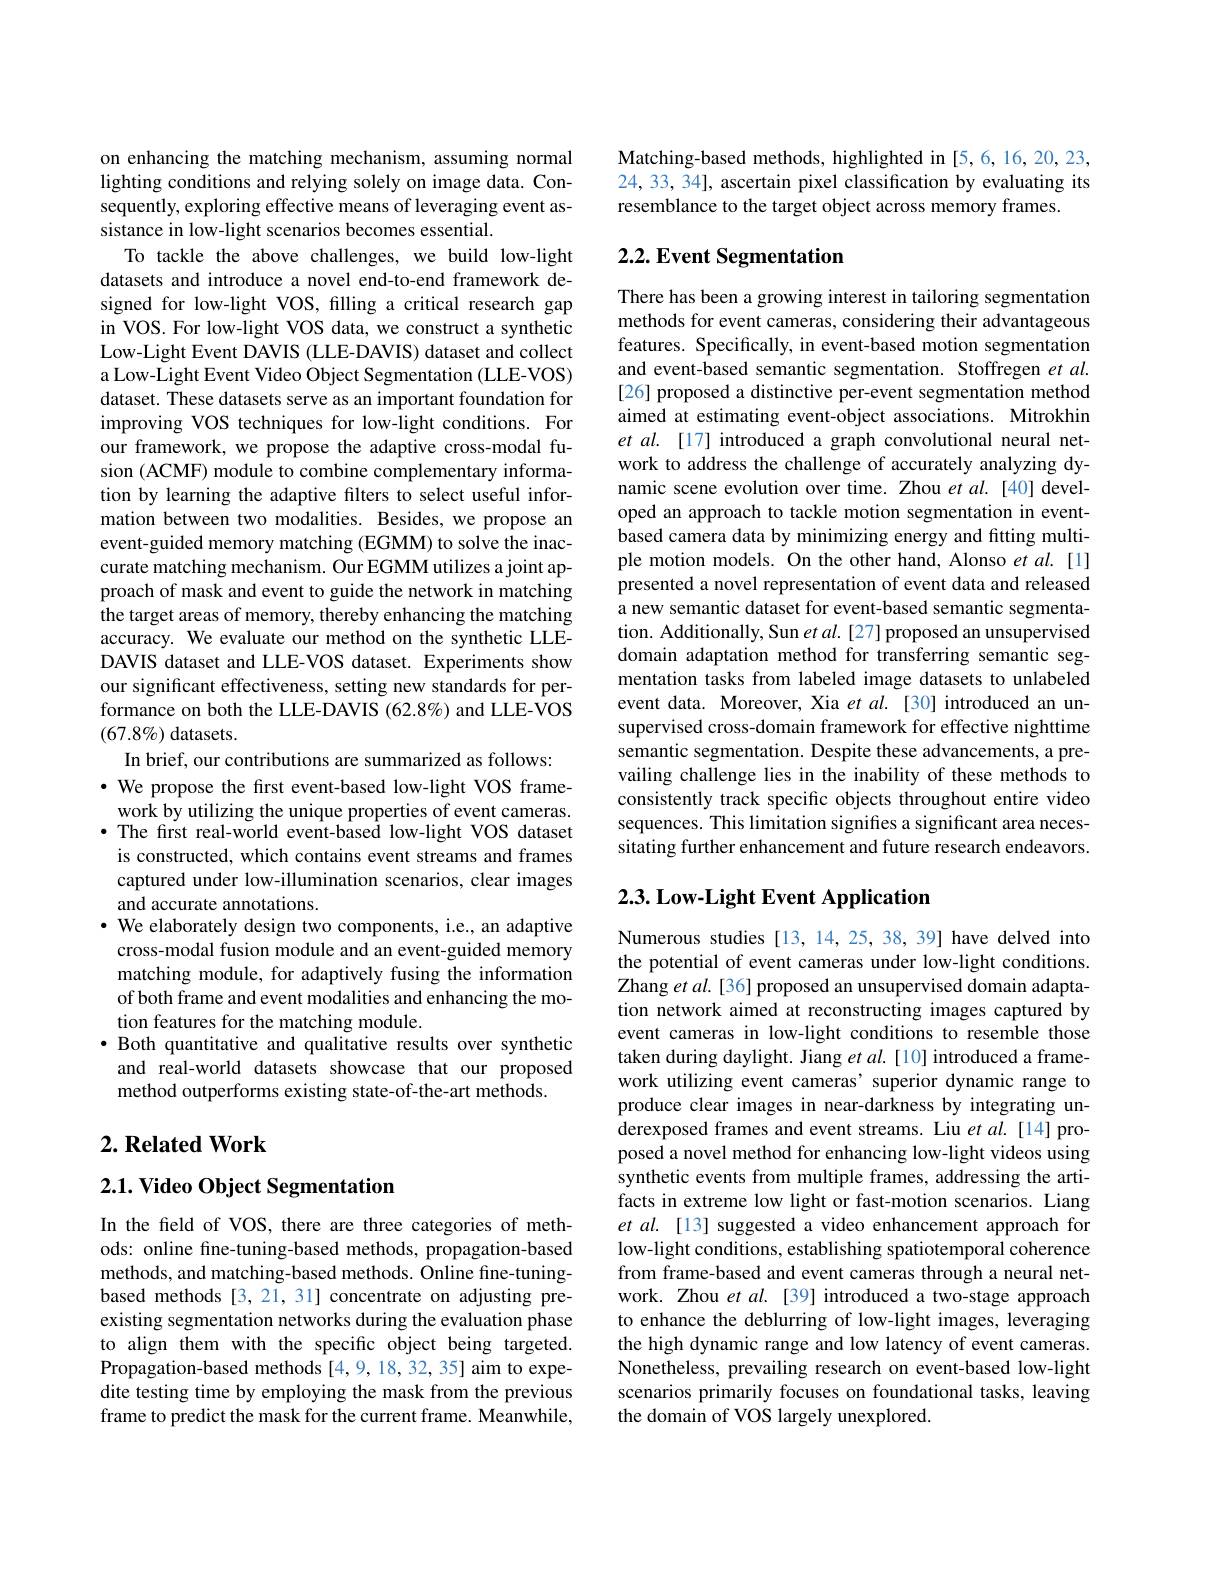
on enhancing the matching mechanism, assuming normal lighting conditions and relying solely on image data. Consequently, exploring effective means of leveraging event assistance in low-light scenar
To tackle the above challenges, we build low-light datasets and introduce a novel end-to-end framework designed for low-light VOS, filling a critical research gap in VOS. For low-light VOS da Low-Light Event DAVIS (LLE-DAVIS) dataset and collect a Low-Light Event Video Object Segmentation (LLE-VOS) dataset. These datasets serve as an important foundation for improving VOS techniques for low-light conditions. For our framework, we propose th sion (ACMF) module to combine complementary information by learning the adaptive filters to select useful information between two modalities. Besides, we propose an event-guided memory matching (EGMM) to solve the inaccurate matching mechanism. Our EGMM utilizes a joint approach of mask and event to guide the network in matching the target areas of memory, accuracy. We evaluate our me DAVIS dataset and LLE-VOS dataset. Experiments show our significant effectiveness, setting new standards for performance on both the LLE-DAVIS (62.8%) and LLE-VOS $(67.8\%)$ datasets.
In brief, our contributions are summarized as follows:
$\cdot$ We propose the frst event-based low-light VOS framework by utilizing the unique $\bullet$ The first real-world event-based low-light VOS dataset is constructed, which contains event streams and frames captured under low-illumination scenarios, clear images and accurate annotations.
$\cdot$ We elaborately design two components, i.e., an adaptive cross-modal fusion module an matching module, for adaptiv of both frame and event modalities and enhancing the motion features for the matching module.
· Both quantitative and qual and real-world datasets showcase that our proposed method outperforms existing state-of-the-art methods.

## $2. \textbf{Related Work}$

## $2. 1. \textbf{ Video Object Segmenta}$

In the field of VOS, there are three categories of methods: online fine-tuning-based methods, propagation-based methods, and matching-based methods. Ônline fine-tuningbased methods [3,21,31] concentrate on adjusting preexisting segmentation networks during the evaluation phase to align them with the specific object being targeted. Propagation-based methods [4,9,18,32,35] aim to expedite testing time by employi frame to predict the mask for the current frame. Meanwhile,

Matching-based methods, high 24, 33, 34], ascertain pixel classification by evaluating its resemblance to the target object across memory frames.

## $2. 2. \textbf{Event Segmentation}$

There has been a growing interest in tailoring segmentation methods for event cameras, considering their advantageous features. Specifically, in event-based motion segmentation and event-based semantic segmentation. Stoffregen $et\textit{al. }$ [26] proposed a distinctive per-event segmentation method aimed at estimating event-object associations. Mitrokhin et al. [17] introduced a graph convolutional neural network to address the challenge of accurately analyzing dynamic scene evolution over time. Zhou et $al.$ [40] developed an approach to tackle m based camera data by minimiz ple motion models. On the other hand, Alonso et al.[1] presented a novel representation of event data and released a new semantic dataset for event-based semantic segmentation. Additionally, Sun $etal.[27]$ proposed an unsupervised domain adaptation method for transferring semantic segmentation tasks from labeled image datasets to unlabeled event data. Moreover, Xia $etal.$ [30] introduced an unsupervised cross-domain framework for effective nighttime semantic segmentation. Despite these advancements, a prevailing challenge lies in the inability of these methods to consistently track specific sequences. This limitation s sitating further enhancement and future research endeavors.

# 2.3. Low- Light Event Application

Numerous studies [13, 14, 25, 38, 39] have delved into the potential of event cameras under low-light conditions. Zhang et al. [36] proposed an unsupervised domain adaptation network aimed at reconstructing images captured by event cameras in low-light conditions to resemble those taken during daylight. Jiang work utilizing event cameras' superior dynamic range to produce clear images in near derexposed frames and event streams. Liu $etal.$[14]proposed a novel method for enhancing low-light videos using synthetic events from multiple frames, addressing the artifacts in extreme low light o et al. [13] suggested a video enhancement approach for low-light conditions, establishing spatiotemporal coherence from frame-based and event cameras through a neural network. Zhou et al. [39] introduced a two-stage approach to enhance the deblurring of low-light images, leveraging the high dynamic range and l Nonetheless, prevailing research on event-based low-light scenarios primarily focuses on foundational tasks, leaving the domain of VOS largely unexplored.